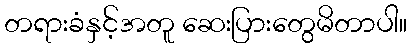
တရားခံနှင့်အတူ ဆေးပြားတွေမိတာပါ။